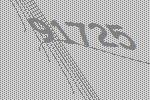
91725